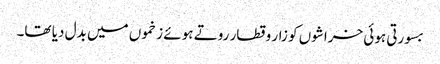
بسورتی ہوئی خراشوں کو زار و قطار روتے ہوئے زخموں میں بدل دیا تھا۔